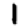
Digit: 1